Leaving Certificate Examination, 1915
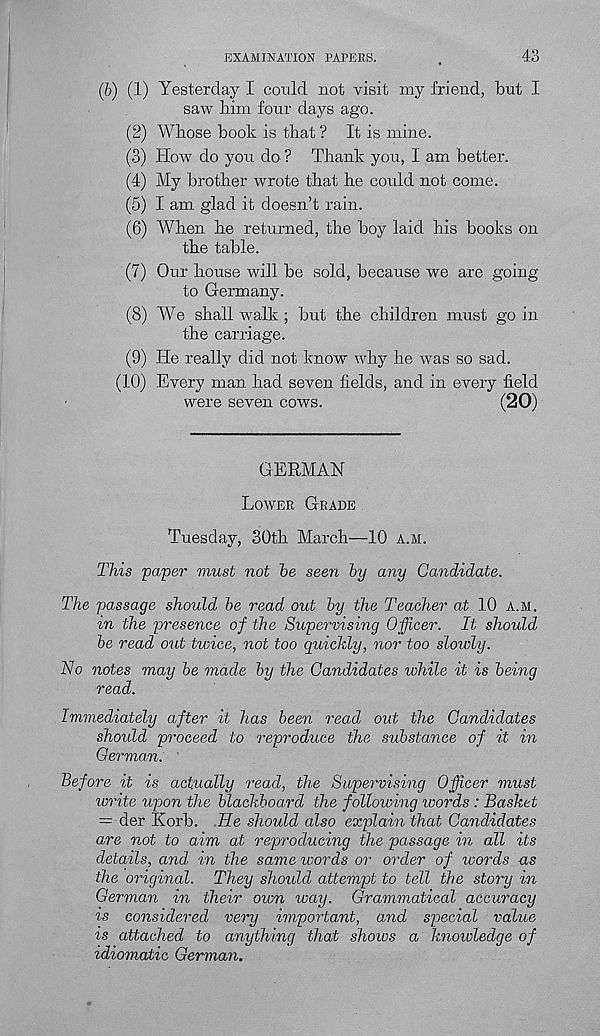
EXAMINATION PAPERS.
43
(b) (1) Yesterday I could not visit my friend, but I
saw him four days ago.
(2) Whose book is that ? It is mine.
(3) How do you do ? Thank you, I am better.
(4) My brother wrote that he could not come.
(5) I am glad it doesn’t rain.
(6) When he returned, the boy laid his books on
the table.
(7) Our house will be sold, because we are going
to Germany.
(8) We shall walk ; but the children must go in
the carriage.
(9) He really did not know why he was so sad.
(10) Every man had seven fields, and in every field
were seven cows.
(20)
GERMAN
Lower Grade
This
Tuesday, 30th March—10 a.m.
paper must not he seen by any Candidate.
The passage should be read out by the Teacher at 10 a.m.
in the presence of the Supervising Officer. It should
be read out twice, not too quickly, nor too slowly.
No notes may be made by the Candidates lohile it is being
read.
Immediately after it has been read out the Candidates
shoidd proceed to reproduce the substance of it in
German.
Before it is actually read, the Supervising Officer must
write upon the blackboard the following words : Basket
— der Korb. He should also explain that Candidates
are not to aim at reproducing the passage in all its
details, and in the same words or order of words as
the original. They should attempt to tell the story in
German in their own way. Grammatical accuracy
is considered very important, and special value
is attached to anything that shows a knowledge of
idiomatic German.